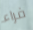
فراء